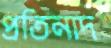
প্রতিনাদ